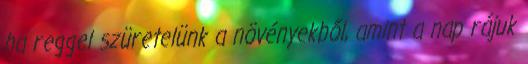
ha reggel szüretelünk a növényekből, amint a nap rájuk